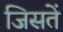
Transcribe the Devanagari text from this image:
जिसतें